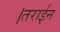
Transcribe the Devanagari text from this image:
।तराईन